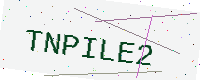
Text: TNPILE2